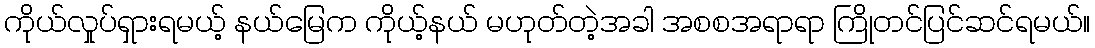
ကိုယ်လှုပ်ရှားရမယ့် နယ်မြေက ကိုယ့်နယ် မဟုတ်တဲ့အခါ အစစအရာရာ ကြိုတင်ပြင်ဆင်ရမယ်။